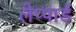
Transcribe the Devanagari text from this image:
लेप्पार्ड